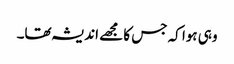
وہی ہوا کہ جس کا مجھے اندیشہ تھا۔